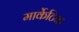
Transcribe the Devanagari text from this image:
मार्केटिक